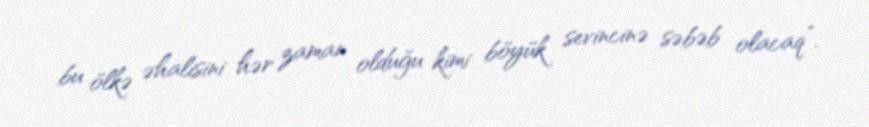
bu ölkə əhalisini hər zaman olduğu kimi böyük sevincinə səbəb olacaq”.